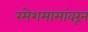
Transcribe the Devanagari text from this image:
रमेशमामांवरून